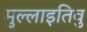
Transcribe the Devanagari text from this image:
मुल्लाइतिवु